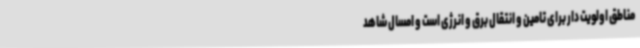
مناطق اولویت دار برای تامین و انتقال برق و انرژی است و امسال شاهد